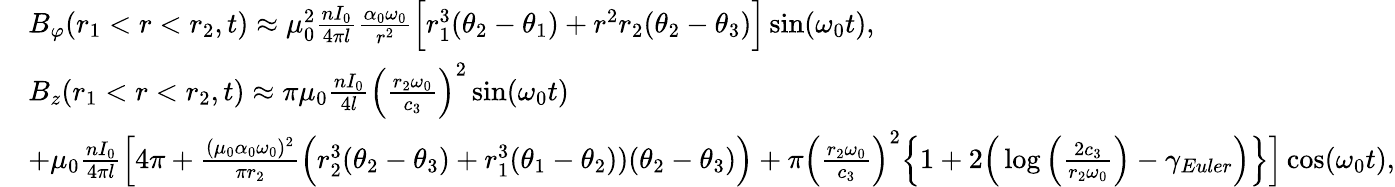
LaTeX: \begin{array}{rl}&{B_{\varphi}(r_{1}<r<r_{2},t)\approx\mu_{0}^{2}\frac{nI_{0}}{4\pi l}\frac{\alpha_{0}\omega_{0}}{r^{2}}\Big[r_{1}^{3}(\theta_{2}-\theta_{1})+r^{2}r_{2}(\theta_{2}-\theta_{3})\Big]\sin(\omega_{0}t),}\\ &{B_{z}(r_{1}<r<r_{2},t)\approx\pi\mu_{0}\frac{nI_{0}}{4l}\Big(\frac{r_{2}\omega_{0}}{c_{3}}\Big)^{2}\sin(\omega_{0}t)}\\ &{+\mu_{0}\frac{nI_{0}}{4\pi l}\Big[4\pi+\frac{(\mu_{0}\alpha_{0}\omega_{0})^{2}}{\pi r_{2}}\Big(r_{2}^{3}(\theta_{2}-\theta_{3})+r_{1}^{3}(\theta_{1}-\theta_{2}))(\theta_{2}-\theta_{3})\Big)+\pi\Big(\frac{r_{2}\omega_{0}}{c_{3}}\Big)^{2}\Big\{ 1+2\Big(\log\Big(\frac{2c_{3}}{r_{2}\omega_{0}}\Big)-\gamma_{Euler}\Big)\Big\} \Big]\cos(\omega_{0}t),}\end{array}